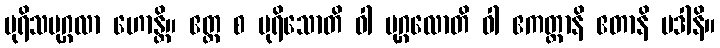
ပုရိသပုဂ္ဂလာ ဟောန္တိ။ ဧတ္ထ စ ပုရိသောတိ ဝါ ပုဂ္ဂလောတိ ဝါ ဧကတ္ထာနိ ဧတာနိ ပဒါနိ။